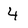
Character: 4